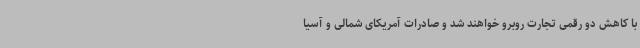
با کاهش دو رقمی تجارت روبرو خواهند شد و صادرات آمریکای شمالی و آسیا